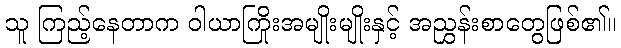
သူ ကြည့်နေတာက ဝါယာကြိုးအမျိုးမျိုးနှင့် အညွှန်းစာတွေဖြစ်၏။